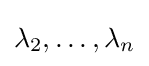
\lambda _{2},\ldots ,\lambda _{n}